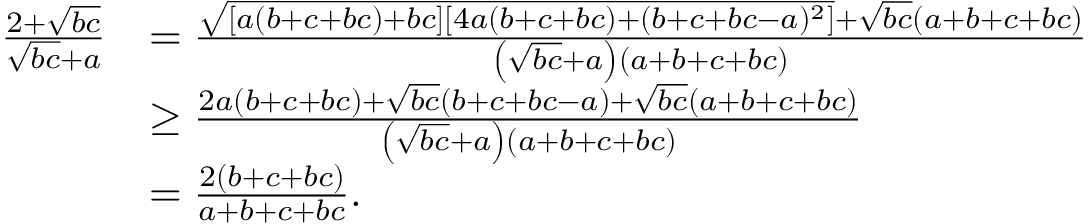
\begin{array} { r l } { \frac { 2 + \sqrt { b c } } { \sqrt { b c } + a } } & { = \frac { \sqrt { [ a ( b + c + b c ) + b c ] [ 4 a ( b + c + b c ) + ( b + c + b c - a ) ^ { 2 } ] } + \sqrt { b c } ( a + b + c + b c ) } { \left( \sqrt { b c } + a \right) ( a + b + c + b c ) } } \\ & { \ge \frac { 2 a ( b + c + b c ) + \sqrt { b c } ( b + c + b c - a ) + \sqrt { b c } ( a + b + c + b c ) } { \left( \sqrt { b c } + a \right) ( a + b + c + b c ) } } \\ & { = \frac { 2 ( b + c + b c ) } { a + b + c + b c } . } \end{array}